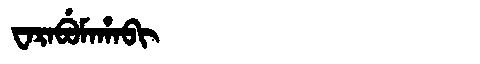
Manchu: ᠸᠠᡵᠠᠪᡠᠮᠠᡥᠠᠪᡳ
Romanization: WARABUMAHABI